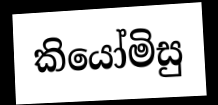
කියෝමිසු